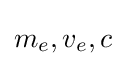
m_{e},v_{e},c